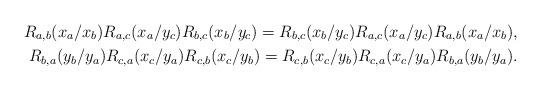
LaTeX: \begin{align*}R_{a,b}(x_a/x_b)R_{a,c}(x_a/y_c)R_{b,c}(x_b/y_c)=R_{b,c}(x_b/y_c)R_{a,c}(x_a/y_c)R_{a,b}(x_a/x_b),\\R_{b,a}(y_b/y_a)R_{c,a}(x_c/y_a)R_{c,b}(x_c/y_b)=R_{c,b}(x_c/y_b)R_{c,a}(x_c/y_a)R_{b,a}(y_b/y_a).\end{align*}